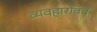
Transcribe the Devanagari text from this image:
व्यवहारविदे